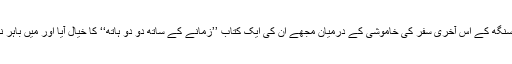
نامور سنگھ کے اس آخری سفر کی خاموشی کے درمیان مجھے ان کی ایک کتاب ’’زمانے کے ساتھ دو دو ہاتھ‘‘ کا خیال آیا اور میں باہر نکل آیا۔